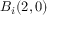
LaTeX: B _ { i } ( 2 , 0 )